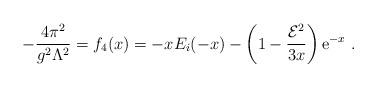
LaTeX: \begin{align*}-{4\pi^{2}\over g^{2}\Lambda^{2}}=f_{4}(x)=-xE_{i}(-x)-\left(1-{{\cal E}^{2}\over3x}\right){\mathrm e}^{-x}\ .\end{align*}